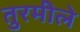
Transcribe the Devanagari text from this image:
तुरमीले